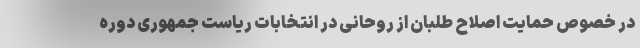
در خصوص حمایت اصلاح طلبان از روحانی در انتخابات ریاست جمهوری دوره